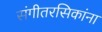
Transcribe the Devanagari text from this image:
संगीतरसिकांना